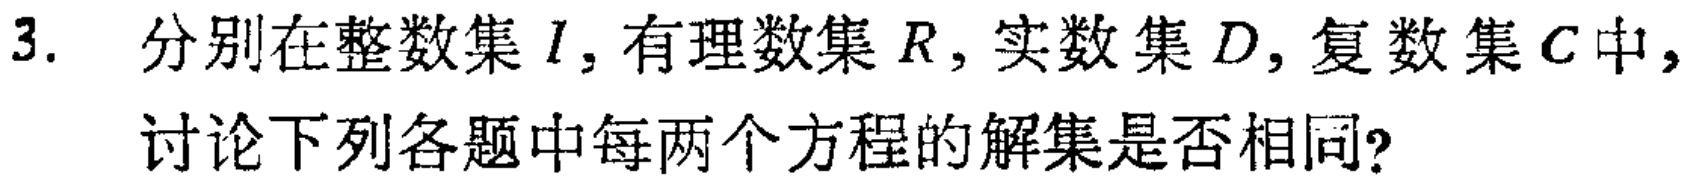
3. 分别在整数集\(I\)，有理数集\(R\)，实数集\(D\)，复数集\(C\)中，
讨论下列各题中每两个方程的解集是否相同?